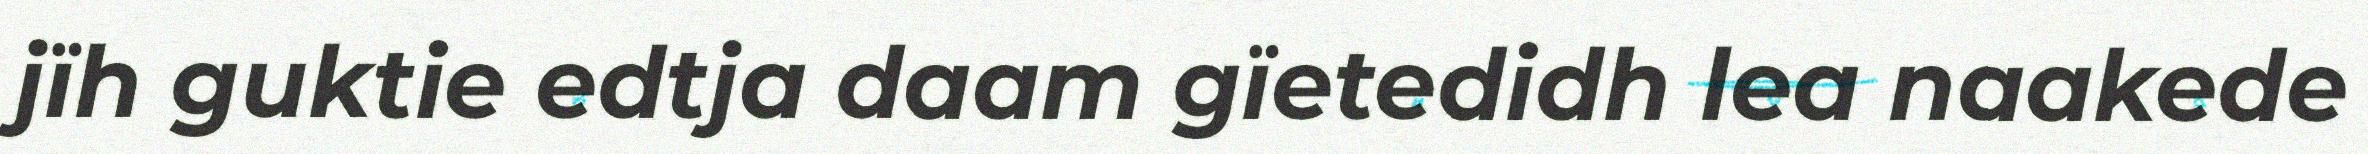
jïh guktie edtja daam gïetedidh lea naakede